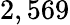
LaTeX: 2,569